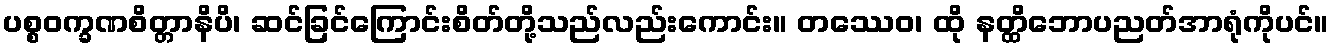
ပစ္စဝက္ခဏစိတ္တာနိပိ၊ ဆင်ခြင်ကြောင်းစိတ်တို့သည်လည်းကောင်း။ တဿေဝ၊ ထို နတ္ထိဘောပညတ်အာရုံကိုပင်။